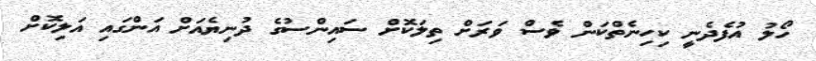
ހޯލު އުފެދެނީ ކިހިނެތްކަން ވެސް ވަރަށް ތިލަކޮށް ސައިންސުގެ ދުނިޔެއަށް އަންގައި އަލިކޮށް